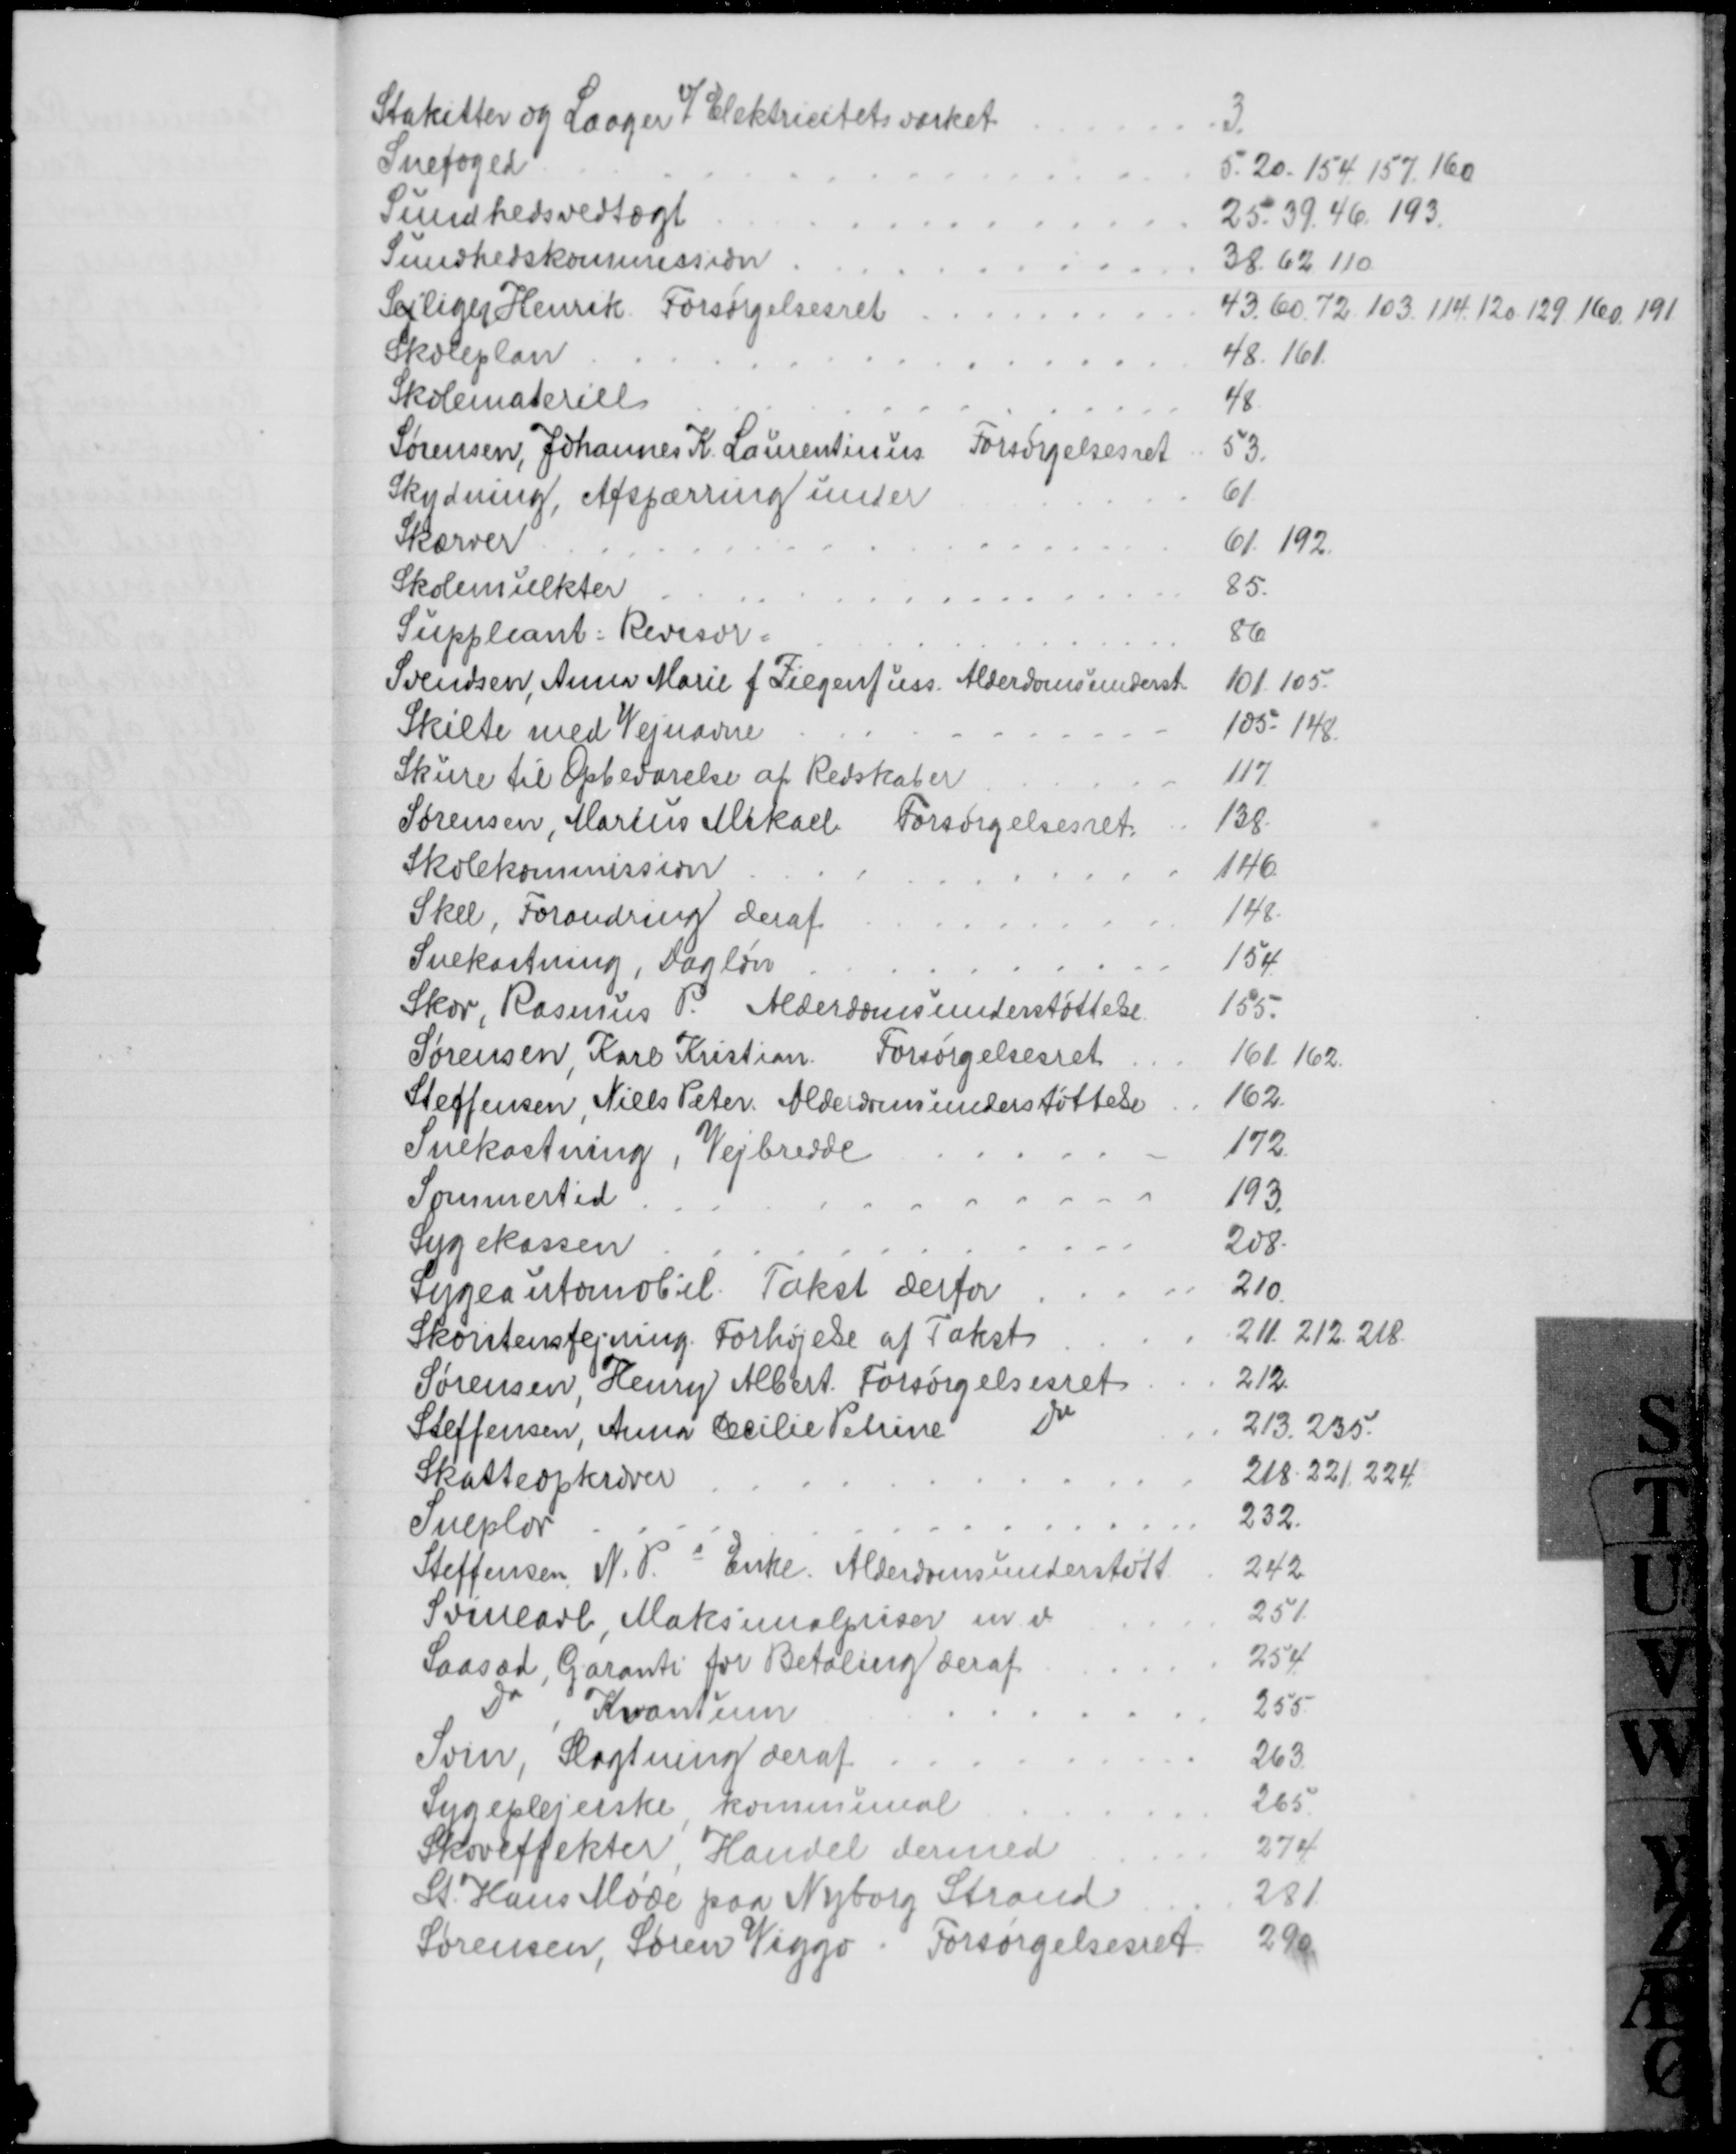
Transskription:
Stakitter og Laager v/ Elektricitetsværket
3.
Snefoged
5. 20. 154. 157. 160
Sundhedsvedtægt
25. 39. 46. 193
Sundhedskommission
38. 62. 110
Sejliger Henrik Forsørgelsesret
43. 60. 72. 103. 114. 120. 129. 160. 191
Skoleplan
48. 161.
Skolemateriel
48
Sørensen, Johannes K. Laurentinus
Forsørgelsesret
53.
Skydning, Afspærring under
61
Skærver
61. 192.
Skolemulkter
85.
Suppleant: Revisor.
86
Svendsen, Anna Marie f. Ziegenfuss. Alderdomsunderst
101. 105.
Skilte med Vejnavne
105. 148.
Skure til Opbevarelse af Redskaber
117
Sørensen, Marius Mikael Forsørgelsesret.
138.
Skolekommission
146.
Skel, Forandring deraf
148.
Snekastning, Dagløn
154
Skov, Rasmus P. Alderdomsunderstøttelse
155.
Sørensen, Karl Kristian
Forsørgelsesret
161. 162.
Steffensen, Niels Peter Alderdomsunderstøttelse
162
Snekastning, Vejbredde
172.
Sommertid
193
Sygekassen
208.
Sygeautomobil. Takst derfor
210
Skorstensfejning. Forhøjelse af Takst
211. 212. 218.
Sørensen Henry Albert Forsørgelsesret
212.
Steffensen, Anna Cecilie Petrine
Do
213. 235.
Skatteopkræver
218. 221, 224.
Sneplov
232.
Steffensen, N. P.s Enke. Alderdomsunderstøtt
242
Svineavl, Maksimalpriser m. v.
251
Saasæd, Garanti for Betaling deraf
254
Do 
Kvantum
255
Svin, Slagtning deraf
263
Sygeplejerske, kommunal
265
Skoveffekter, Handel dermed
274
St. Hans Møde paa Nyborg Strand
281
Sørensen, Søren Viggo. Forsørgelsesret
290.